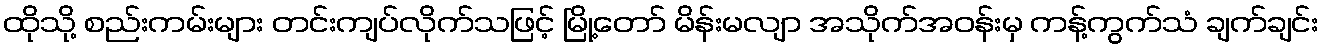
ထိုသို့ စည်းကမ်းများ တင်းကျပ်လိုက်သဖြင့် မြို့တော် မိန်းမလျာ အသိုက်အဝန်းမှ ကန့်ကွက်သံ ချက်ချင်း